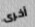
أخرى